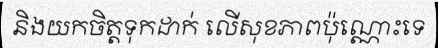
និងយកចិត្តទុកដាក់ លើសុខភាពប៉ុណ្ណោះទេ